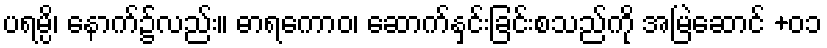
ပရမ္ပိ၊ နောက်၌လည်း။ ဓာရကောဝ၊ ဆောက်နှင်းခြင်းစသည်ကို အမြဲဆောင် +၀၁